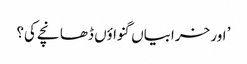
’ اور خرابیاں گنواؤں ڈھانچے کی؟